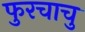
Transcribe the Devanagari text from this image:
फुरचाचु